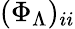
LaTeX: (\Phi_{\Lambda})_{ii}